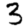
Digit: 3